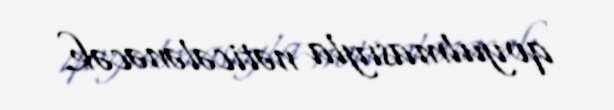
qoyulmasıyla nəticələnəcək.